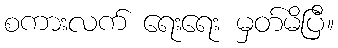
စကားလက် ရေးရေး မှတ်မိပြီ။